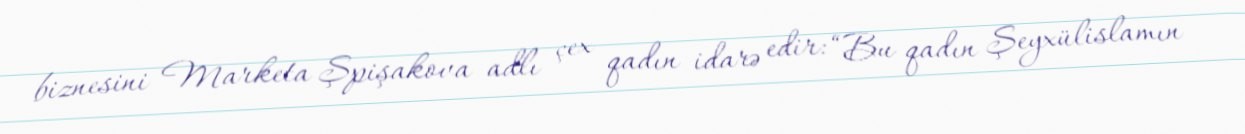
biznesini Marketa Şpişakova adlı çex qadın idarə edir: “Bu qadın Şeyxülislamın